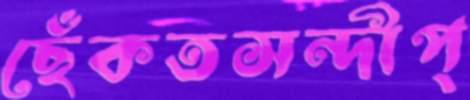
ছেঁকতসন্দীপ্